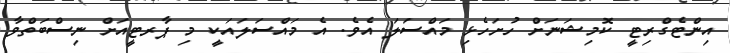
އިންޓެގްރިޓީ ކޮމިޝަނަށް ހުށަހެޅި މައްސަލަ އެވެ. އެ މައްސަލައަކީ މި ޕާރޓީއަށް ނިސްބަތްވާ